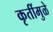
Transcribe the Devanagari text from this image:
कृतींमुळे